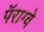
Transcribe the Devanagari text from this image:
पॅराग्वे